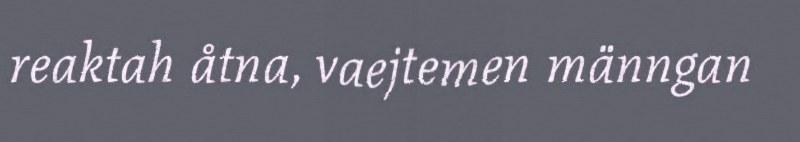
reaktah åtna, vaejtemen männgan